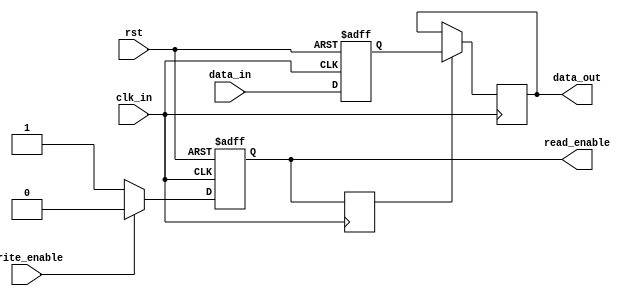
module two_way_bypass_register (
    input wire clk_in,
    input wire rst,
    input wire [7:0] data_in,
    input wire write_enable,
    output reg [7:0] data_out,
    output reg read_enable
);

reg [7:0] storage1, storage2;
reg read_enable_delayed;

always @(posedge clk_in or posedge rst) begin
    if (rst) begin
        storage1 <= 8'b0;
        storage2 <= 8'b0;
        read_enable <= 1'b0;
    end else if (write_enable) begin
        storage1 <= data_in;
        storage2 <= data_in;
        read_enable <= 1'b0;
    end else begin
        storage1 <= data_in;
        storage2 <= data_in;
        read_enable <= 1'b1;
    end
end

always @(posedge clk_in) begin
    if (read_enable_delayed) begin
        data_out <= storage2;
    end
end

always @(posedge clk_in) begin
    read_enable_delayed <= read_enable;
end

endmodule